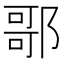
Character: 𨝆